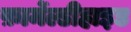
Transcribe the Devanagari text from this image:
फ़ार्मेल्डीहाइड